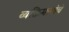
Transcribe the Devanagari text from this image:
व्यक्तिमत्त्वांचे